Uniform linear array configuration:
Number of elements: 48
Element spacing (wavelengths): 0.75
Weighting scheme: uniform
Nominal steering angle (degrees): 15
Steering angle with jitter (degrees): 16.511
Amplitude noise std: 0.05
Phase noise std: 0.05

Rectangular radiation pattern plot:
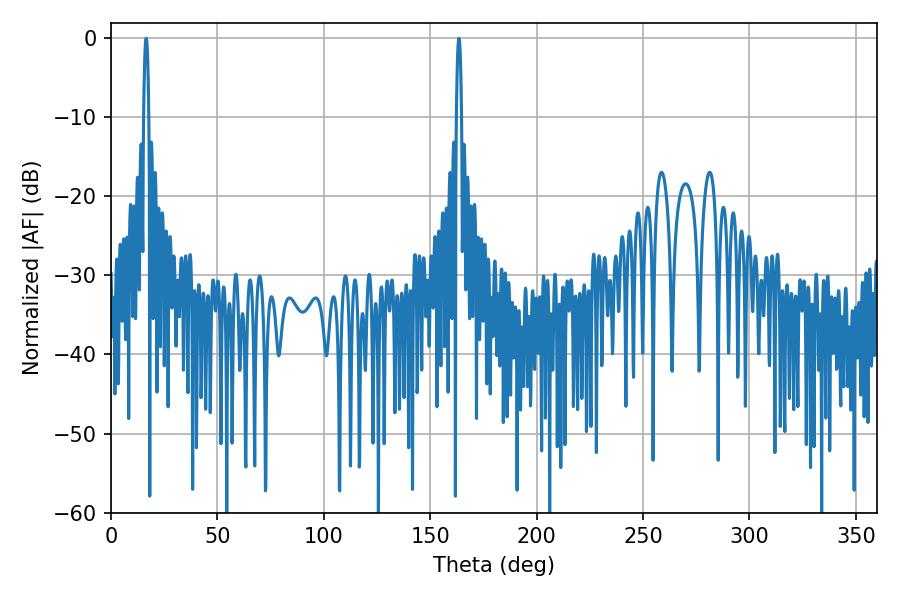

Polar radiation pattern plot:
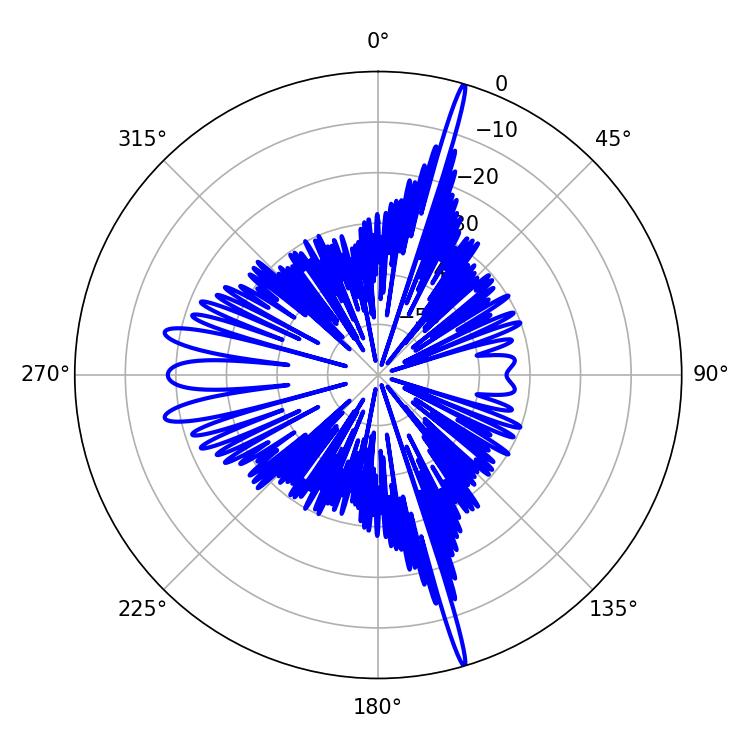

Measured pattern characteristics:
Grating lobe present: TRUE
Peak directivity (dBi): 22.811
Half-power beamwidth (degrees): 1.26
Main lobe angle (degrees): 16.56